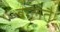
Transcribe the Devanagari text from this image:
बोलतै